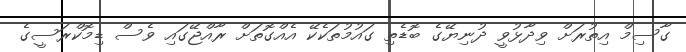
ގާސިމް އިތުރަށް ވިދާޅުވީ ދުނިޔޭގެ ބޮޑެތި ގައުމުތަކެކޭ އެއްގޮތަށް ރާއްޖޭގައި ވެސް ޑިމޮކްރަސީގެ